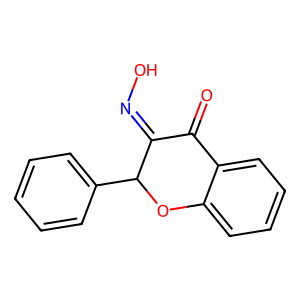
SMILES: O=C1C(=NO)C(c2ccccc2)Oc2ccccc21
Inhibits HIV replication: Yes